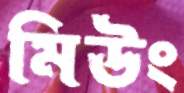
মিউং